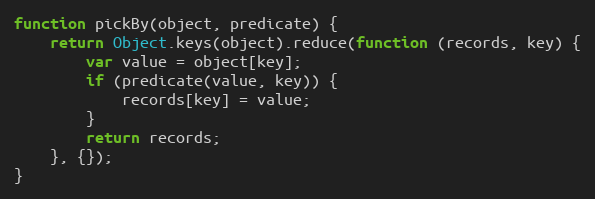
Language: JavaScript
function pickBy(object, predicate) {
    return Object.keys(object).reduce(function (records, key) {
        var value = object[key];
        if (predicate(value, key)) {
            records[key] = value;
        }
        return records;
    }, {});
}